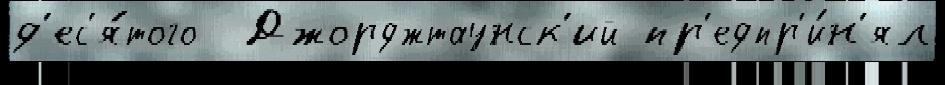
д'ес'я́того  Джорджтаунск'ий пр'едпр'и́н'ял